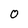
Character: O